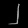
Digit: ၂